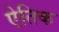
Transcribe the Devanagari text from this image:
ऐतिक